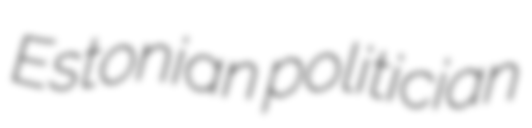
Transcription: Estonian politician